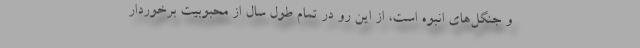
و جنگل‌های انبوه است، از این رو در تمام طول سال از محبوبیت برخوردار